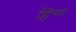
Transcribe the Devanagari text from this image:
हिगा